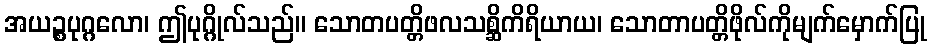
အယဉ္စပုဂ္ဂလော၊ ဤပုဂ္ဂိုလ်သည်။ သောတပတ္တိဖလသစ္ဆိကိရိယာယ၊ သောတာပတ္တိဖိုလ်ကိုမျက်မှောက်ပြု